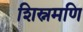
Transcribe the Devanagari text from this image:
शिस्नमणि